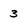
Character: 3